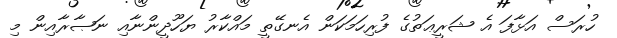
ހުރަސް އަޅާފަ އެ ޝަރީޢަތުގެ ފުރިހަމަކަން އެނގޭތީ މައްކާރު ޔަހޫދީންނާއި ނަޞާރާއިން މި